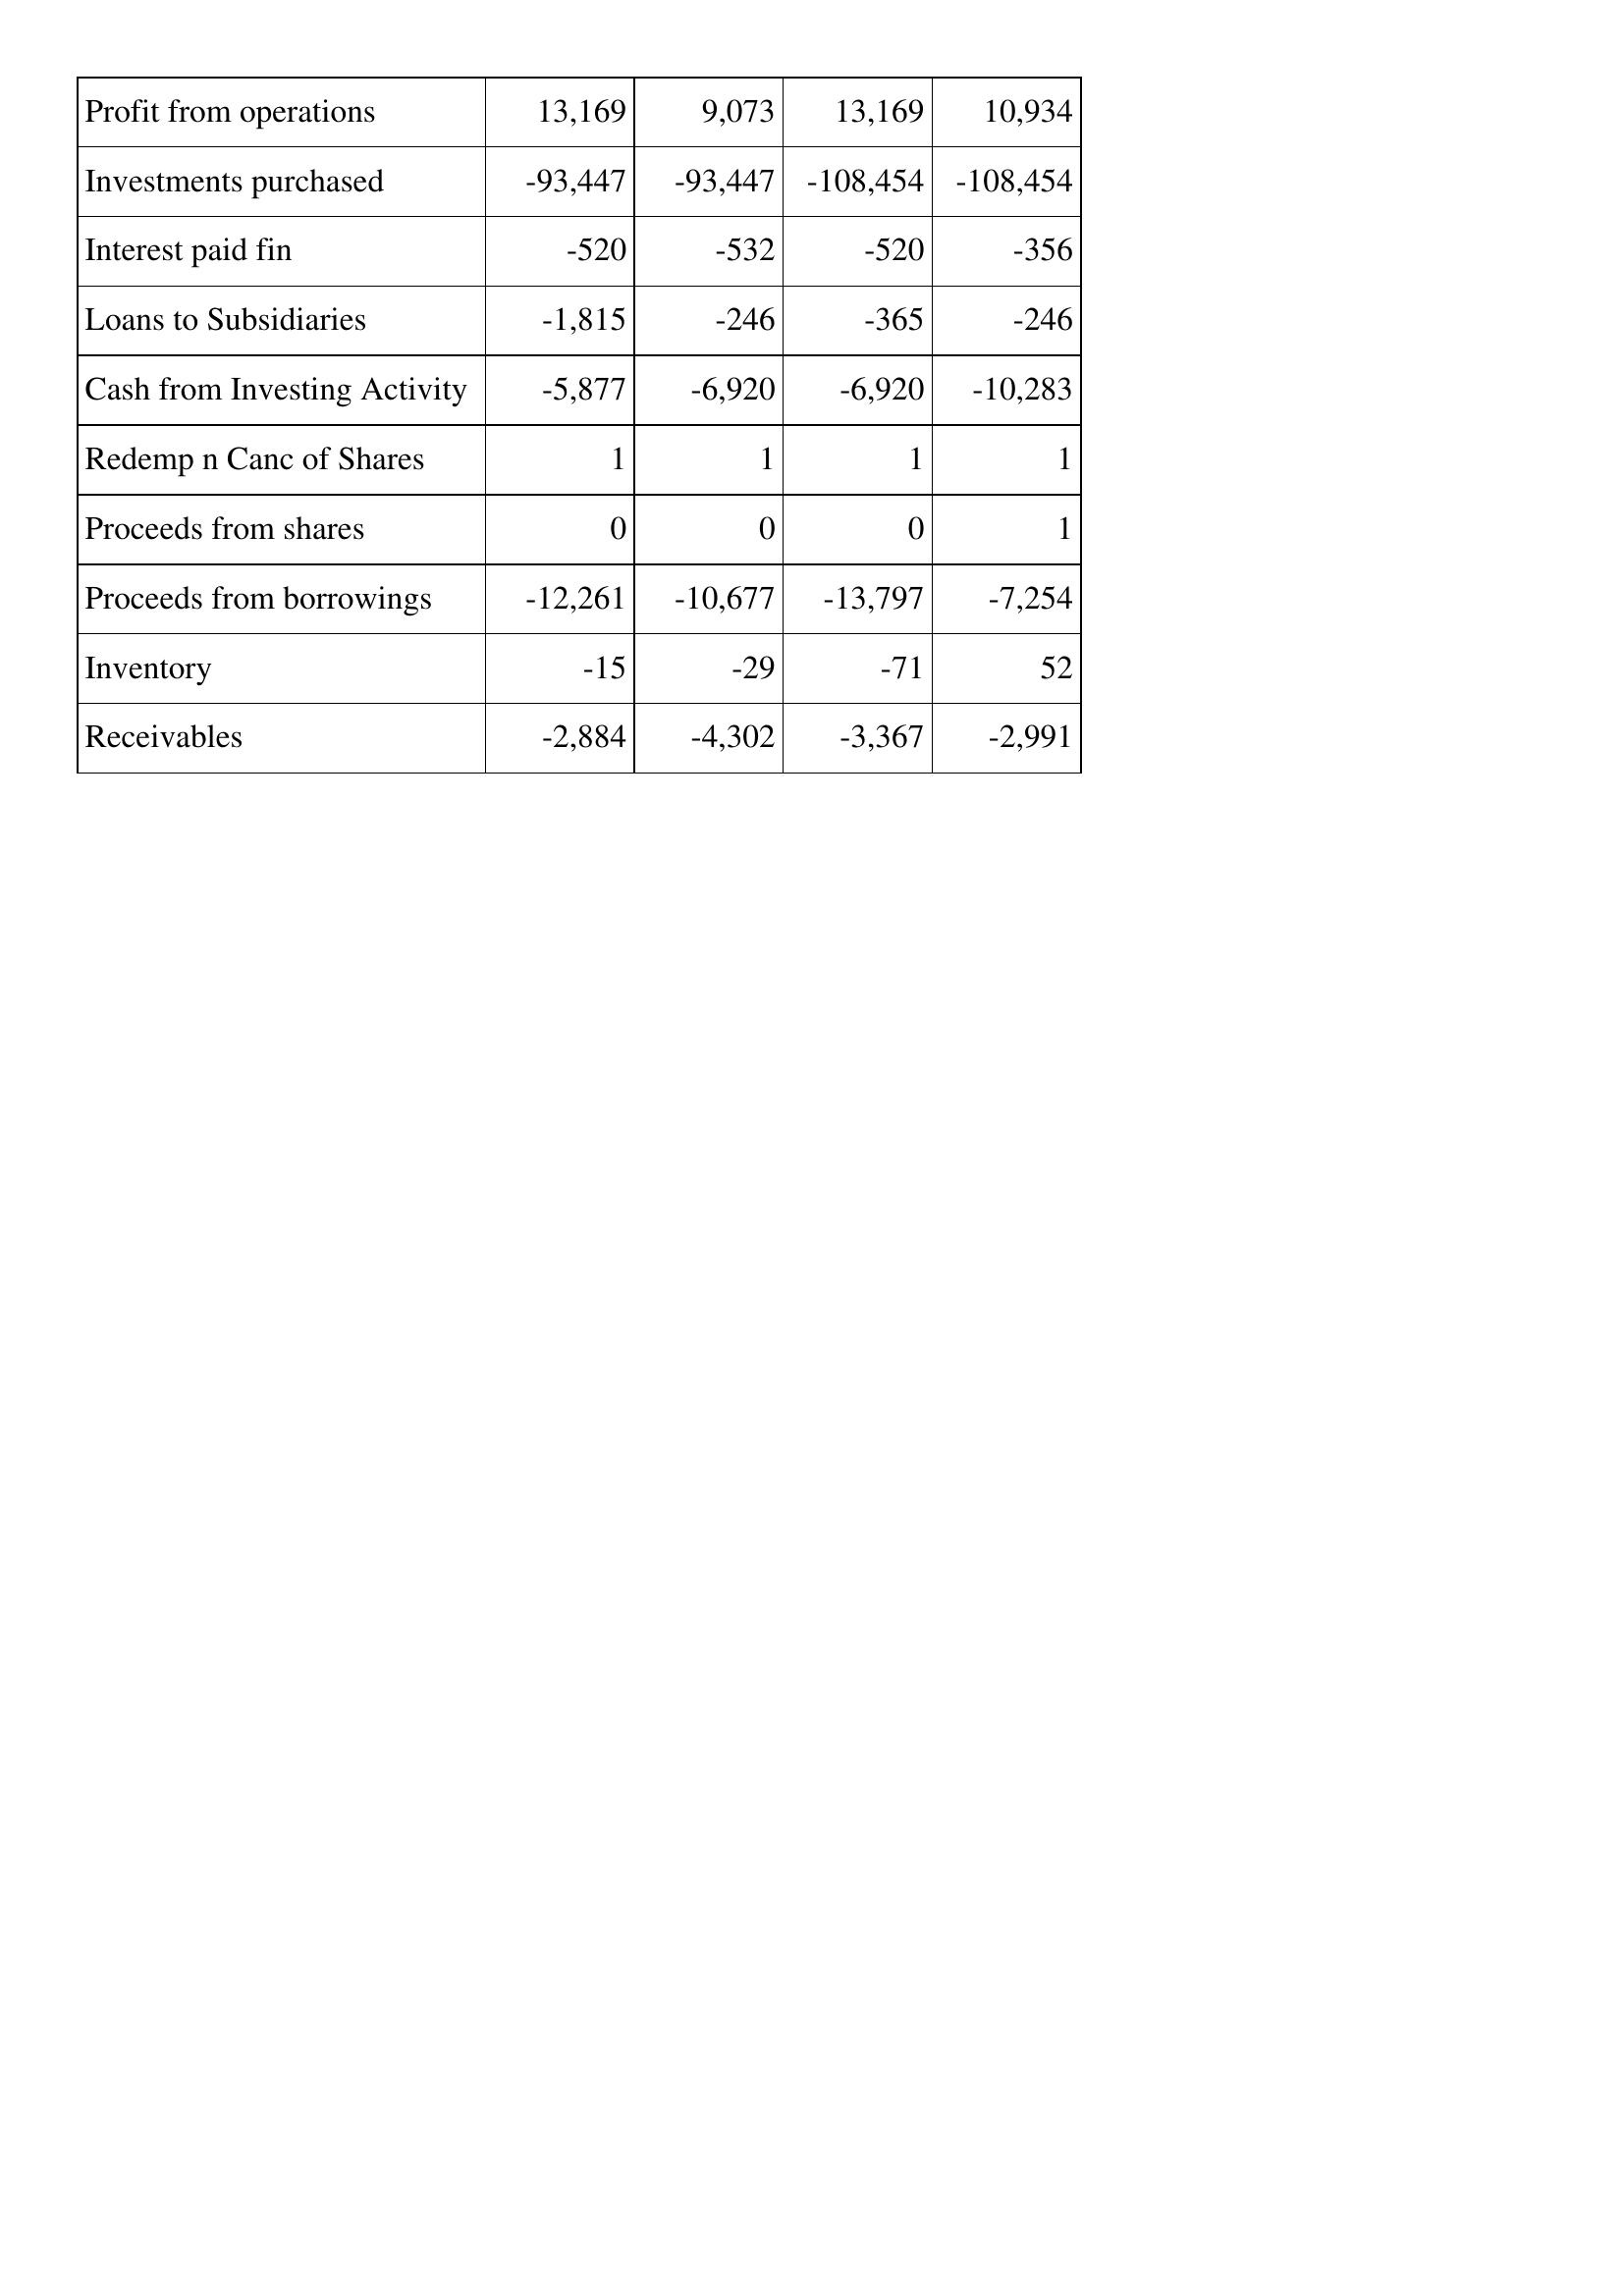
Feb-09: Cash Flows: Profit from operations: 13,169
Investments purchased: -93,447
Interest paid fin: -520
Loans to Subsidiaries: -1,815
Cash from Investing Activity: -5,877
Redemp n Canc of Shares: 1
Proceeds from shares: 0
Proceeds from borrowings: -12,261
Inventory: -15
Receivables: -2,884
Feb-10: Cash Flows: Profit from operations: 9,073
Investments purchased: -93,447
Interest paid fin: -532
Loans to Subsidiaries: -246
Cash from Investing Activity: -6,920
Redemp n Canc of Shares: 1
Proceeds from shares: 0
Proceeds from borrowings: -10,677
Inventory: -29
Receivables: -4,302
Feb-11: Cash Flows: Profit from operations: 13,169
Investments purchased: -108,454
Interest paid fin: -520
Loans to Subsidiaries: -365
Cash from Investing Activity: -6,920
Redemp n Canc of Shares: 1
Proceeds from shares: 0
Proceeds from borrowings: -13,797
Inventory: -71
Receivables: -3,367
Feb-12: Cash Flows: Profit from operations: 10,934
Investments purchased: -108,454
Interest paid fin: -356
Loans to Subsidiaries: -246
Cash from Investing Activity: -10,283
Redemp n Canc of Shares: 1
Proceeds from shares: 1
Proceeds from borrowings: -7,254
Inventory: 52
Receivables: -2,991